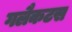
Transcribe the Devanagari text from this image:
गलैकटस